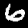
Digit: 6